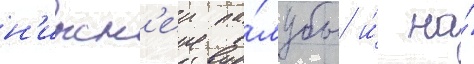
н'ижн'еи па́лубы и́ на́